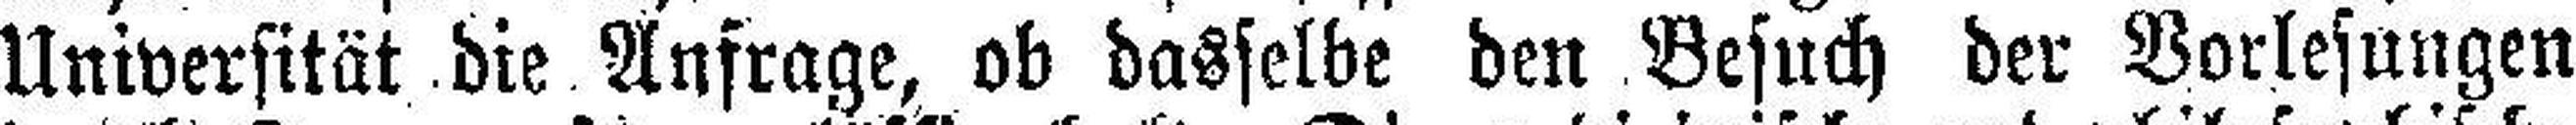
Universität die Anfrage, ob dasselbe den Besuch der Vorlesungen